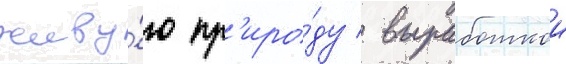
живу́ю пр'иро́ду / выработкои